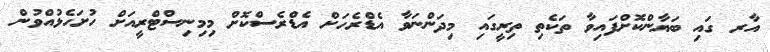
އާރ ގައި ބަޔާންކޮށްފައިވާ ތަކެތި ތިރީގައި މިދަންނަވާ އެޑްރެހަށް އެޑްރެސްކޮށް މިމިނިސްޓްރީއަށް ހުށަހެޅުއްވުން